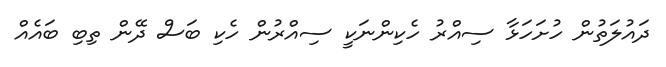
ދައުލަތުން ހުށަހަޅާ ސިއްރު ހެކިންނަކީ ސިއްރުން ހެކި ބަސް ދޭން ތިބި ބައެއް